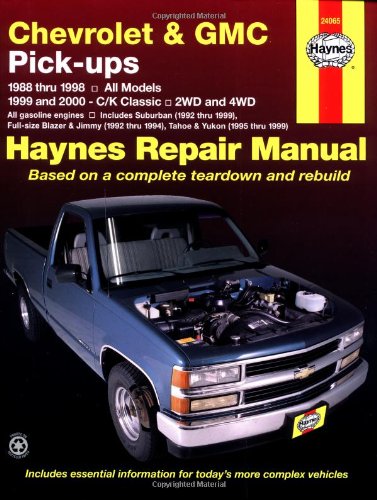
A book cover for Chevrolet and GMC Pick-Ups (1988-2000) (Haynes Repair Manuals); Ken Freund; Engineering & Transportation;